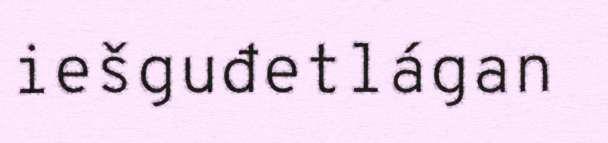
iešguđetlágan